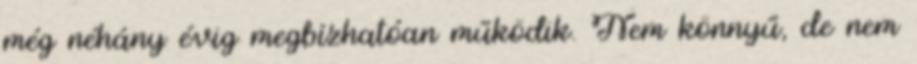
még néhány évig megbízhatóan működik. Nem könnyű, de nem